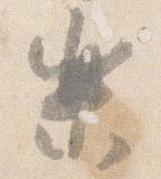
楽